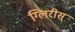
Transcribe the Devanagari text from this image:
ग्लिरीस्